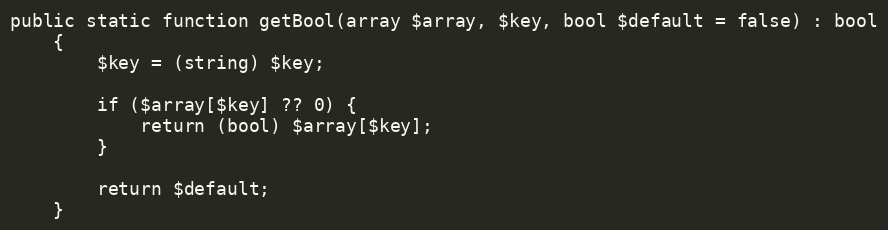
Language: PHP
public static function getBool(array $array, $key, bool $default = false) : bool
    {
        $key = (string) $key;

        if ($array[$key] ?? 0) {
            return (bool) $array[$key];
        }

        return $default;
    }